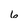
Character: 6